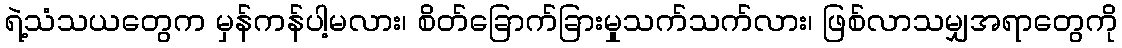
ရဲ့သံသယတွေက မှန်ကန်ပါ့မလား၊ စိတ်ခြောက်ခြားမှုသက်သက်လား၊ ဖြစ်လာသမျှအရာတွေကို